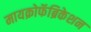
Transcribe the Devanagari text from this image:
मायक्रोफॅब्रिकेशन